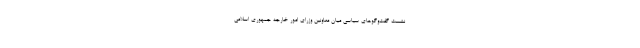
نشست گفت‌وگوهای سیاسی میان معاونین وزرای امور خارجه جمهوری اسلامی